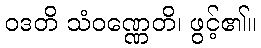
ဝဒတိ သံဝဏ္ဏေတိ၊ ဖွင့်၏။